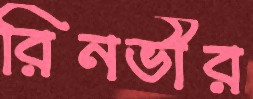
রিনভীর